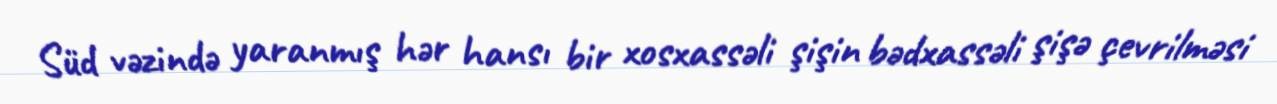
Süd vəzində yaranmış hər hansı bir xosxassəli şişin bədxassəli şişə çevrilməsi